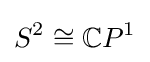
S^{2}\cong \mathbb {C} P^{1}